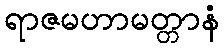
ရာဇမဟာမတ္တာနံ